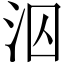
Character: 泅